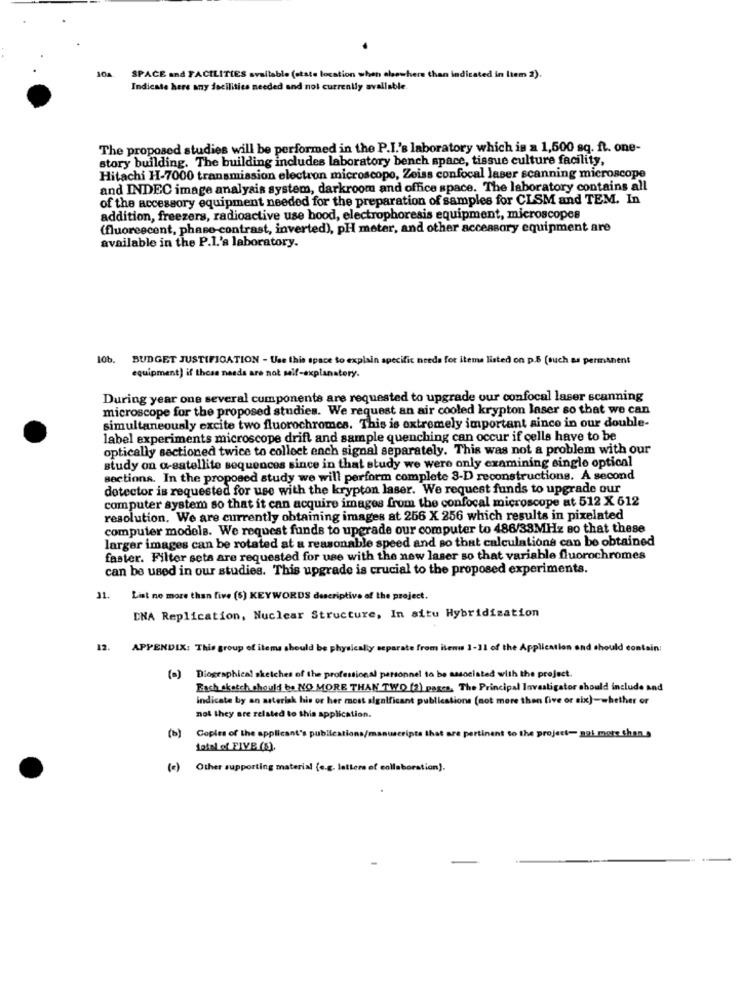
SPACE and FACILITIES available (state location when elsewhere than indicated in ltem 2).
Indicate here any docilitics needed and not currently available.
The proposed studies will be performed in the P.I.'s laboratory which is a 1,500 sq. ft. one-
story building. The building includes laboratory bench space, tissue culture facility,
Hitachi H-7000 transmission electron microscope, Zeiss confocal laser scanning microscope
and INDEC image analysis system, darkroom and office space. The laboratory contains all
of the accessory equipment needed for the preparation of samples for CLSM and TEM. In
addition, freezers, radioactive use hood, electrophoresis equipment, microscopes
(fluorescent, phase contrast, inverted), PH meter, and other accessory equipment are
available in the P.I.'a laboratory.
10b. BUDGET JUSTIFICATION - Use this space to explain specific needs for items listed on p.5 (such as permanent
equipment) if those needs are not self-explanatory.
During year one several cumponente are requested to upgrade our confocal laser scanning
microscope for the proposed studies. We request an air cooled krypton laser so that we can
simultaneously excite two fluorochromes. This is extremely important ainco in our double-
label experiments microscope drift and sample quenching can occur if cells have to be
optically sectioned twice to collect ench signal separately. This was not a problem with our
study on a-satellite sequences since in that study we were only examining single optical
sections. In the proposed study we will perform complete 3-D reconstructions. A second
detector is requested for use with the krypton laser. We request funds to upgrade our
computer system so that it can acquire images from the confocal microscope at 512 X 612
resolution. We are currently obtaining images at 256 X 256 which results in pixelated
computer models. We request funds to upgrade our computer to 486/33MHz so that these
larger images can be rotated at a reasonable speed and so that calculations can be obtained
faster. Filter sets are requested for use with the new laser so that variable fluorochromes
can be used in our studies. This upgrade is crucial to the proposed experiments.
1. List ne more than five (5) KEYWORDS descriptive of the project.
DNA Replication, Nuclear Structure, In situ Hybridization
12.
APPENDIX: This group of items should be physically separate from itenw 1-11 of the Application and should contain:
(o) Diographical sketches of the professional personnel to be associated with the project.
Fash sketch should be NO MORE THAN TWO (2) parcs. The Principal Investigator should include and
indicate by an asterisk his or her most significant publications (not more than five or six)-whether or
not they are related to this application.
(b)
Copies of the applicant's publications/m
re pertinent to the project- gal mots than a
total of FIVE (5).
(c) Other supporting material (e.g. letters of collaboration).